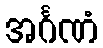
အင်္ဂဏံ